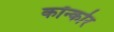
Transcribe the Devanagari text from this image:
कॉन्कोर